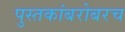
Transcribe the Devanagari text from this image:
पुस्तकांबरोबरच